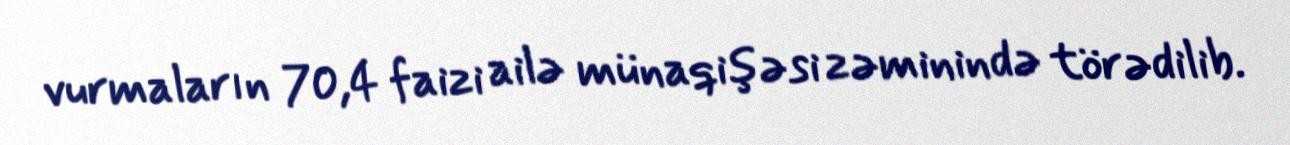
vurmaların 70,4 faizi ailə münaqişəsi zəminində törədilib.